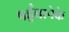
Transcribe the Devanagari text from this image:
पहुँचानेके